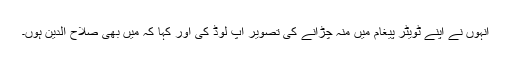
انہوں نے اپنے ٹویٹر پیغام میں منہ چڑانے کی تصویر اپ لوڈ کی اور کہا کہ میں بھی صلاح الدین ہوں۔